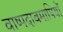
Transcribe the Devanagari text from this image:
वाष्पदाबमापियों